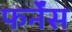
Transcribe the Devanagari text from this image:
फर्नेंस